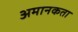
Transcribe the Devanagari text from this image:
अमानकता